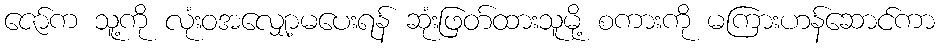
ဇော်က သူ့ကို လုံးဝအလျှော့မပေးရန် ဆုံးဖြတ်ထားသူမို့ စကားကို မကြားဟန်ဆောင်ကာ